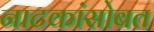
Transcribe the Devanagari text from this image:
नाटकांसोबत